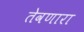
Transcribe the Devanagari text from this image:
तेवणारा